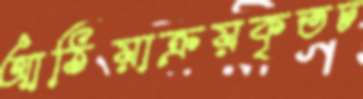
আঠিয়াক্রয়কৃতচ